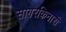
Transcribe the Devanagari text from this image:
सागरकिनारी